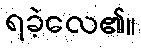
ရခဲ့လေ၏။